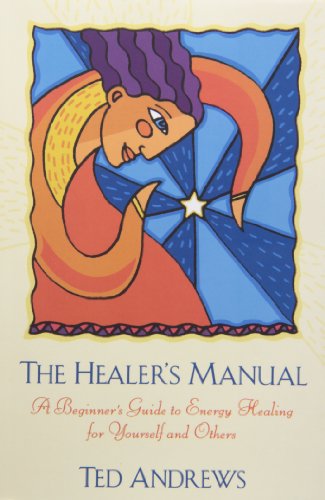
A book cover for The Healer's Manual: A Beginner's Guide to Energy Therapies (Llewellyn's Health and Healing Series); Ted Andrews; Health, Fitness & Dieting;